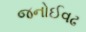
જનોઈવઢ